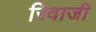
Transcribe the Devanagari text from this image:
रिवाजी